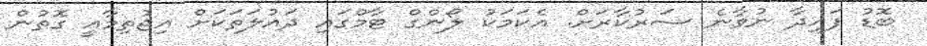
ބޮޑު ފައިދާ ނުވާނެ ސަރުކާރަށް. އެކަމަކު ލޯންގް ޓާމްގައި ދައުލަތަކަށް އިޖުތިމާއީ ގޮތުން